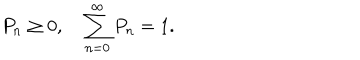
LaTeX: P _ { n } \ge 0 , \quad \sum _ { n = 0 } ^ { \infty } P _ { n } = 1 .